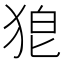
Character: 𭸎